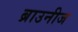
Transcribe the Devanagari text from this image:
ब्राउनीज